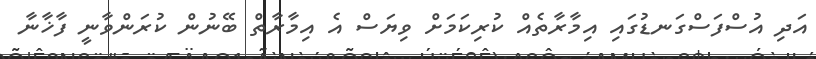
އަދި އުސްފަސްގަނޑުގައި އިމާރާތެއް ކުރިކަމަށް ވިޔަސް އެ އިމާރާތް ބޭނުން ކުރަންވާނީ ފާޚާނާ